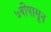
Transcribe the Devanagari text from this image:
७वीपासून